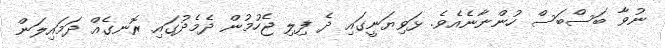
ނުވާ ބަސްބަސް ހުންނާނެއެވެ. ޅަވިޔަނީގައި ދެ ފިލި ޖެހުމުން ދެމެދުގައި ރޮނގެއް ދަމައިލަން